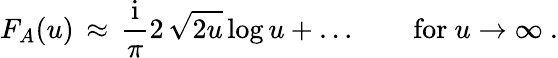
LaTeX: F_{A}(u)\, \approx\, {\frac{\mathrm{i}}{\pi}}2\, \sqrt{2u}\, \mathrm{log}\, u+\ldots\qquad\mathrm{for~}u\to\infty\ .